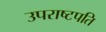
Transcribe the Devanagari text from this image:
उपराष्टपति